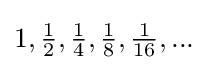
{\textstyle 1,{\frac {1}{2}},{\frac {1}{4}},{\frac {1}{8}},{\frac {1}{16}},...}